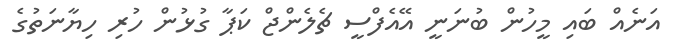
އަނެއް ބައި މީހުން ބުނަނީ އޭއެފްސީ ޗެލެންޖް ކަޕާ ގުޅުން ހުރި ހިޔާނަތުގެ